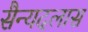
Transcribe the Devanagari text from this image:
सैन्यदलास